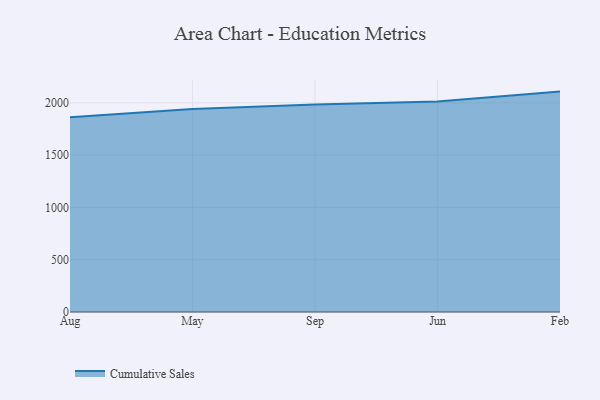
{"axis": {"x": "Month", "y": "Tickets Resolved"}, "legend": ["Cumulative Sales"], "data": [{"x": "Aug", "y": 1862.1, "type": "Cumulative Sales"}, {"x": "May", "y": 1940.8, "type": "Cumulative Sales"}, {"x": "Sep", "y": 1984.5, "type": "Cumulative Sales"}, {"x": "Jun", "y": 2014.1, "type": "Cumulative Sales"}, {"x": "Feb", "y": 2107.6, "type": "Cumulative Sales"}]}